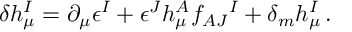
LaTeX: \delta h _ { \mu } ^ { I } = \partial _ { \mu } \epsilon ^ { I } + \epsilon ^ { J } h _ { \mu } ^ { A } f _ { A J } { } ^ { I } + \delta _ { m } h _ { \mu } ^ { I } \, .